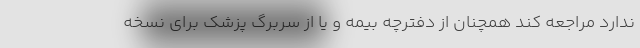
ندارد مراجعه کند همچنان از دفترچه بیمه و یا از سربرگ پزشک برای نسخه